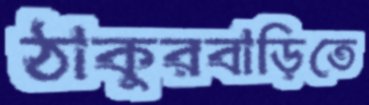
ঠাকুরবাড়িতে